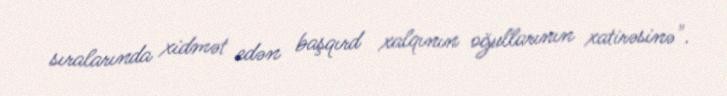
sıralarında xidmət edən başqırd xalqının oğullarının xatirəsinə".